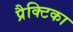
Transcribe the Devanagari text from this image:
प्रैक्टिका